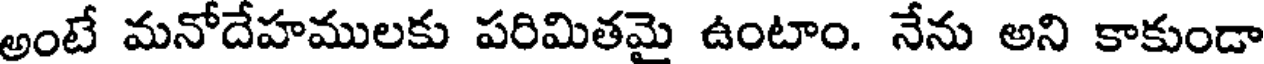
అంటే మనోదేహములకు పరిమితమై ఉంటాం. నేను అని కాకుండా